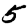
Digit: 5